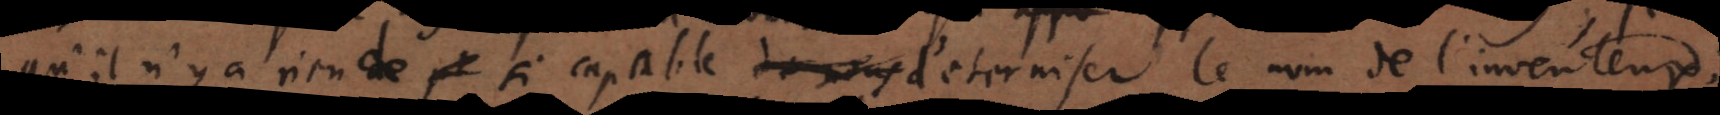
qu’il n’y a rien de si capable de nous d’eterniser le nom de l’inventeur.